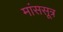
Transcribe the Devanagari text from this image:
मांससूत्र